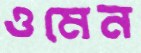
ওমেন